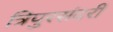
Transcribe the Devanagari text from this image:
त्रिपुरसंदरी